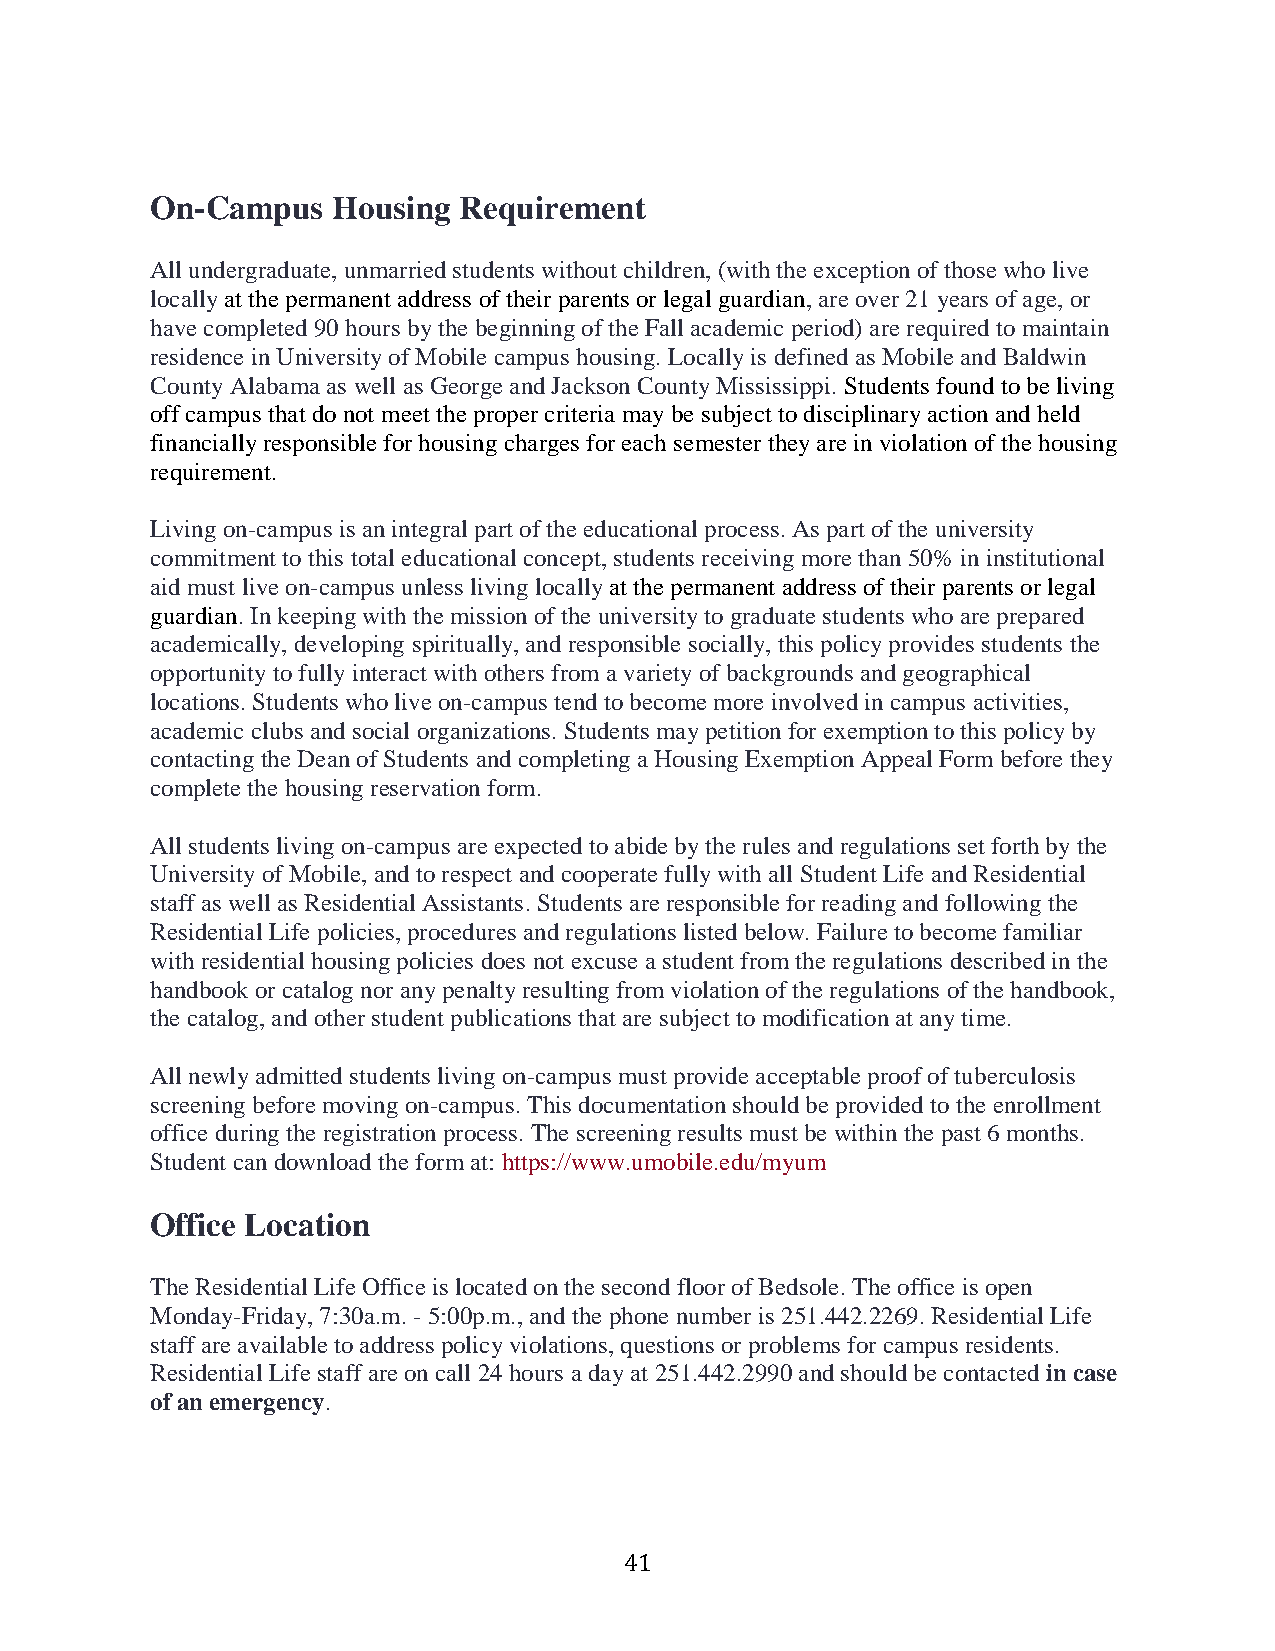
On-Campus   Housing Requirement
 All undergraduate, unmarried students without children, (with the exception of those who live
 locally at the permanent address of their parents or legal guardian, are over 21 years of age, or
 have completed 90 hours by the beginning of the Fall academic period) are required to maintain
 residence in University of Mobile campus housing. Locally is defined as Mobile and Baldwin
 County Alabama as well as George and Jackson County Mississippi. Students found to be living
 off campus that do not meet the proper criteria may be subject to disciplinary action and held
 financially responsible for housing charges for each semester they are in violation of the housing
 requirement.
 Living on-campus is an integral part of the educational process. As part of the university
 commitment to this total educational concept, students receiving more than 50% in institutional
 aid must live on-campus unless living locally at the permanent address of their parents or legal
 guardian. In keeping with the mission of the university to graduate students who are prepared
 academically, developing spiritually, and responsible socially, this policy provides students the
 opportunity to fully interact with others from a variety of backgrounds and geographical
 locations. Students who live on-campus tend to become more involved in campus activities,
 academic clubs and social organizations. Students may petition for exemption to this policy by
 contacting the Dean of Students and completing a Housing Exemption Appeal Form before they
 complete the housing reservation form.
 All students living on-campus are expected to abide by the rules and regulations set forth by the
 University of Mobile, and to respect and cooperate fully with all Student Life and Residential
 staff as well as Residential Assistants. Students are responsible for reading and following the
 Residential Life policies, procedures and regulations listed below. Failure to become familiar
 with residential housing policies does not excuse a student from the regulations described in the
 handbook or catalog nor any penalty resulting from violation of the regulations of the handbook,
 the catalog, and other student publications that are subject to modification at any time.
 All newly admitted students living on-campus must provide acceptable proof of tuberculosis
 screening before moving on-campus. This documentation should be provided to the enrollment
 office during the registration process. The screening results must be within the past 6 months.
 Student can download the form at: https://www.umobile.edu/myum
 Office Location
 The Residential Life Office is located on the second floor of Bedsole. The office is open
 Monday-Friday, 7:30a.m. - 5:00p.m., and the phone number is 251.442.2269. Residential Life
 staff are available to address policy violations, questions or problems for campus residents.
 Residential Life staff are on call 24 hours a day at 251.442.2990 and should be contacted in case
 of an emergency.
 41